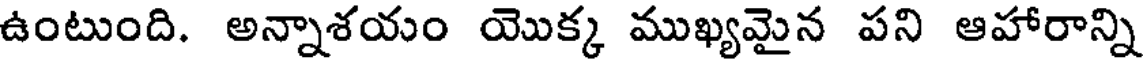
ఉంటుంది. అన్నాశయం యొక్క ముఖ్యమైన పని ఆహారాన్ని